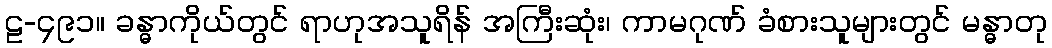
ဠ-၄၉၁။ ခန္ဓာကိုယ်တွင် ရာဟုအသူရိန် အကြီးဆုံး၊ ကာမဂုဏ် ခံစားသူများတွင် မန္ဓာတု